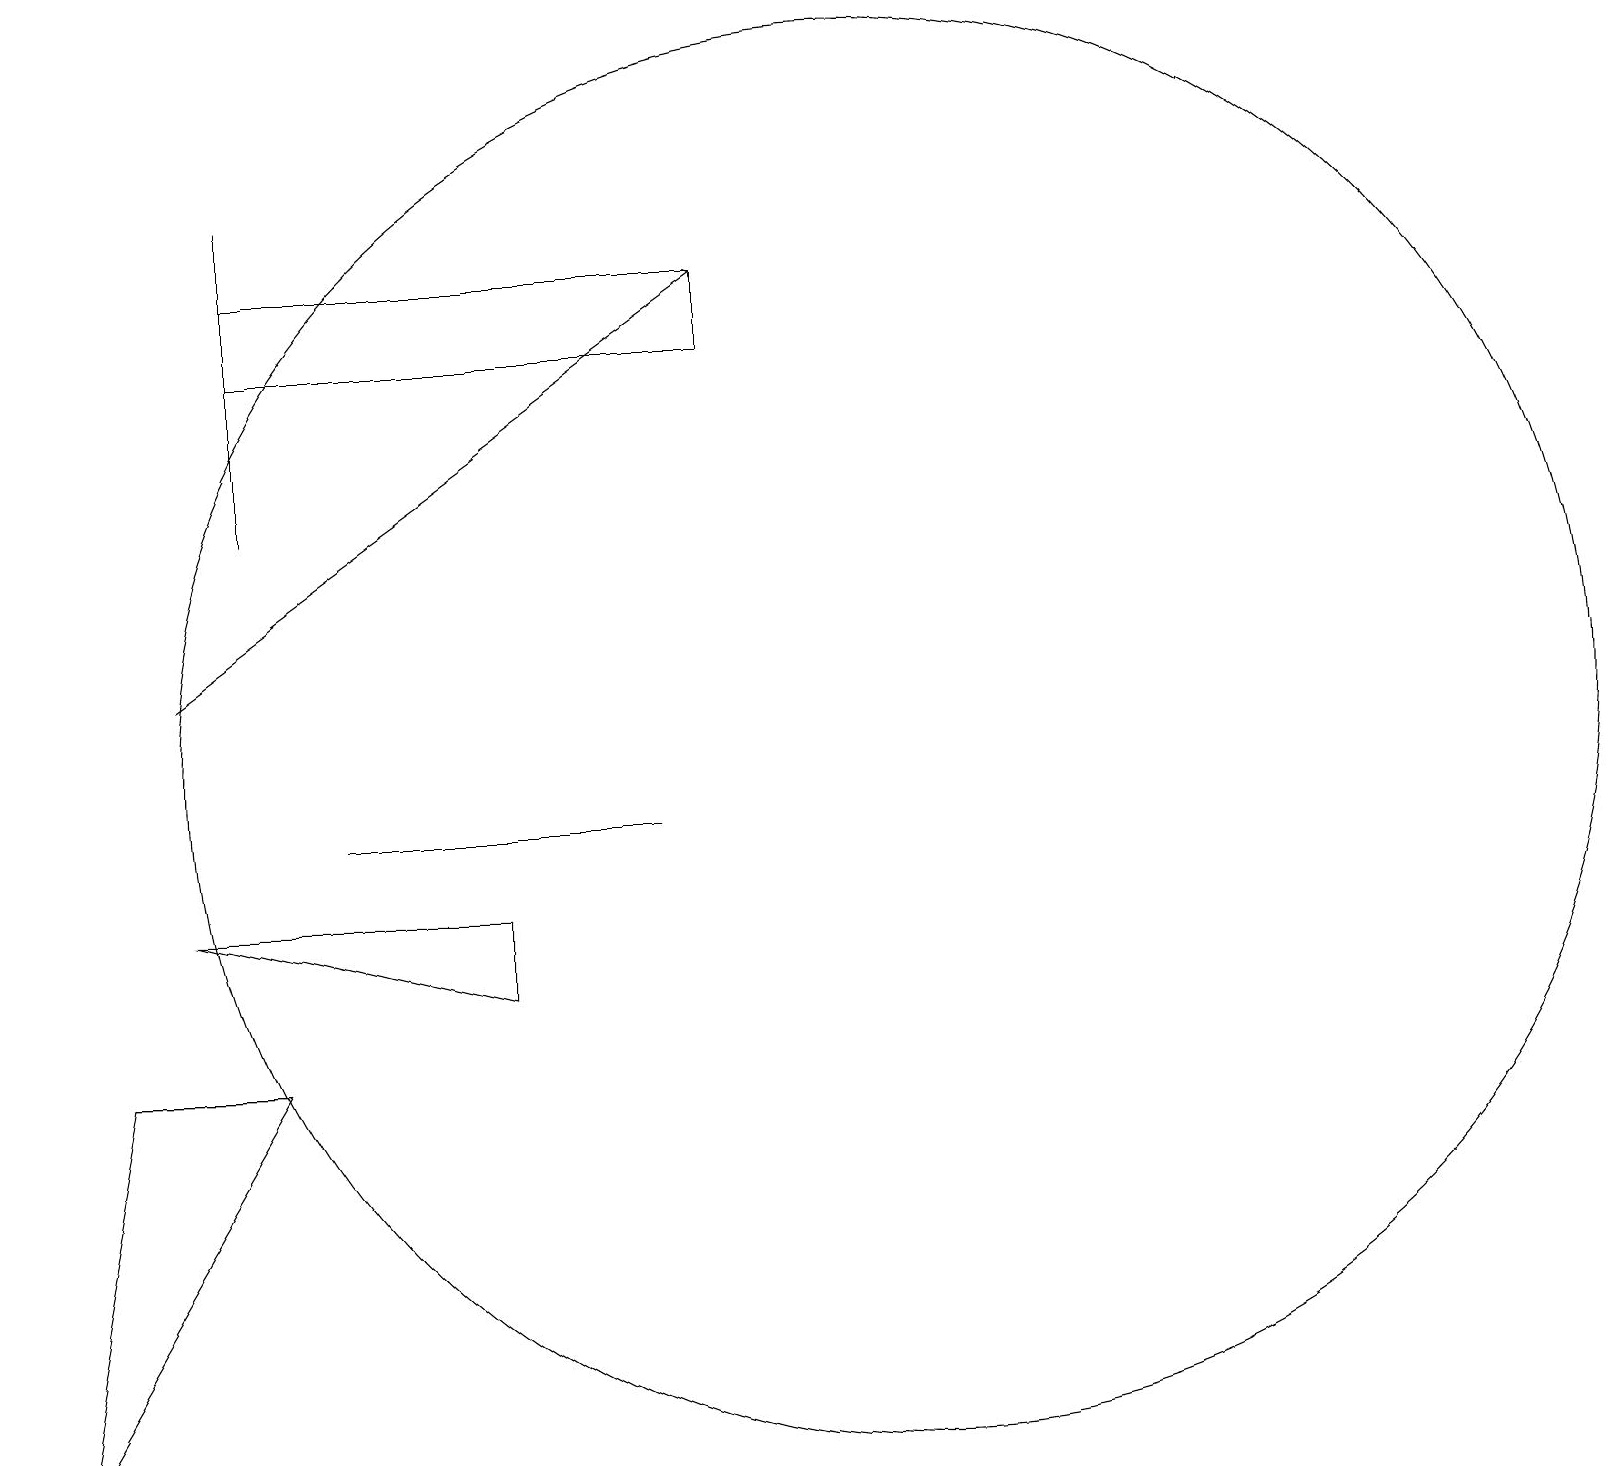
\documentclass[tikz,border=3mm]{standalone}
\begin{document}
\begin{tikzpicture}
\draw (3,18) rectangle (3,14);
\draw (0,2) -- (3,7) -- (1,7) -- cycle;
\draw (8,10) rectangle (4,10);
\draw (11,11) circle (9);
\draw (11,10) circle (0);
\draw (3,17) rectangle (9,16);
\draw (2,9) -- (6,8) -- (6,9) -- cycle;
\draw[->] (2,12) -- (9,17);
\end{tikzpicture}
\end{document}